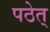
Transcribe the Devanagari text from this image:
पठेत्‌